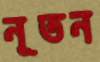
নূতন